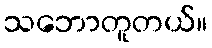
သဘောတူတယ်။